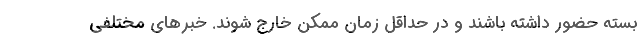
بسته حضور داشته باشند و در حداقل زمان ممکن خارج شوند. خبرهای مختلفی